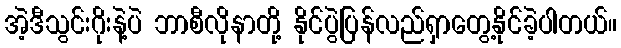
အဲ့ဒီသွင်းဂိုးနဲ့ပဲ ဘာစီလိုနာတို့ နိုင်ပွဲပြန်လည်ရှာတွေ့နိုင်ခဲ့ပါတယ်။